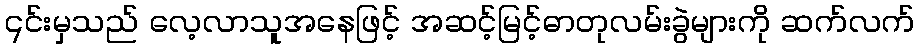
၎င်းမှသည် လေ့လာသူအနေဖြင့် အဆင့်မြင့်ဓာတုလမ်းခွဲများကို ဆက်လက်